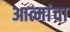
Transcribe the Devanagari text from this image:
आत्मांचा